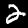
Label: 2